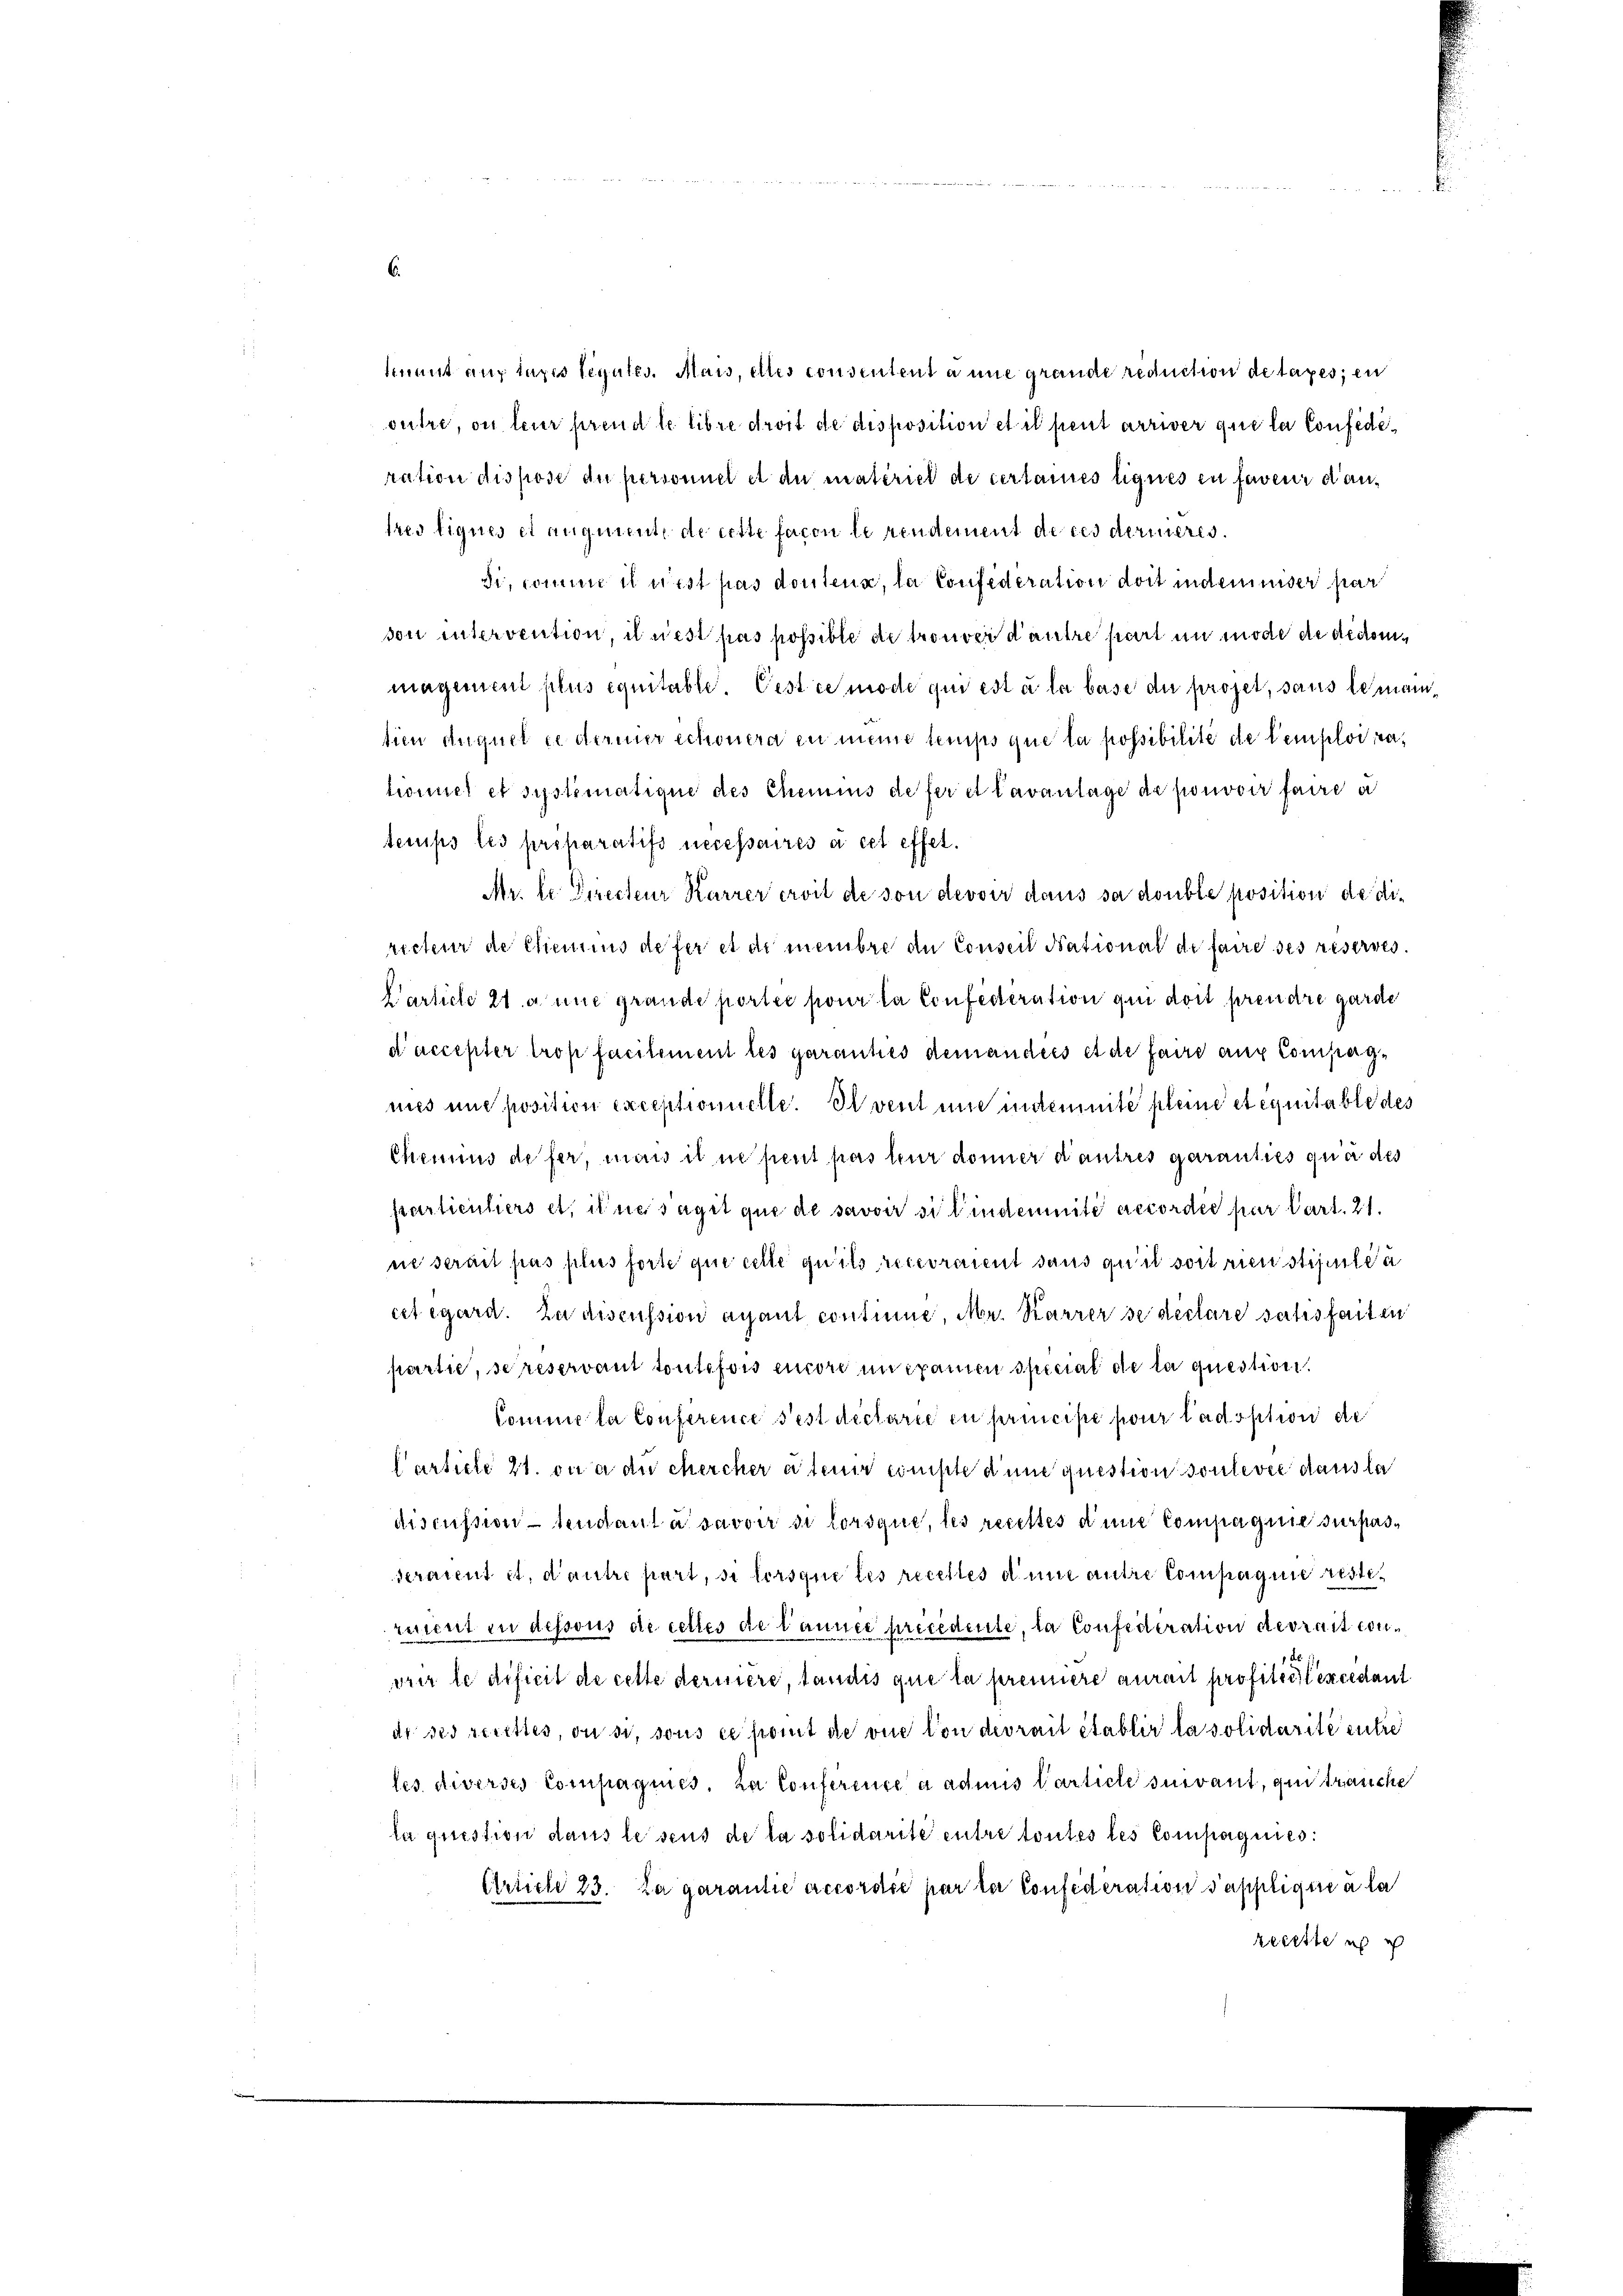
mant auf taxis segutes. Mais, elles consentent à une grande reduction de taxes; en
outre, ou leur prend le libre droit de disposition et il peut arriver que la Confederation dispose du personnel et du materiet de certaines liques en faveur dantres liques et augunnt, de cette facon le rendement de ces derineres.
Si, comme il rest pas doutena, la Confederation doit indemniser par
son intervention, il nest pas possible de trouver d’autre part in mode de dedommagenient plus équitable. Cest ce mode qui est à la base die projet, sans lemantien duquel ce derner schonera in meine temps que la possibilite de remploitahonnel et systematique des Chemins de fer et Cavantage de pouvoir faire a
temps les préparatifs necessaires à cet effet.
Mr. le Directeur Karrer eroit de son devoir daus sa double position de die
recteur de Chemins defer et de membre de Conseil National de faire ses réserves.
Particle 2 a une grande portée pour la Confederation qui doit prendre garde
d’accepter trop facilement les garanties demanders et de faire auf Compagmies und position exceptionielle. Invent und indemnité pleine etcquitable des
Chemins de fer, man il ne peut pas nur donner d’autres garanties qua des
partientiers et il ne sagit que de savoir si l’indemnité accordée par Part. 21.
ne serait pas plus forte que celle quits recevraient dans quit soit rien stipulia
cet égard. Zu discussion agant continne, Mr. Karrer se declare satisfaiten
partie, se reservant toutefois encore mitsamen special de la question.
Comme la Conference sest déclarie in principe pour l’adoption de
Carticle 11. on a die Mercher a tenir compte d’une question soulevée dans la
discussionsendant à savoir si lorsque, les recettes dene Compagnie surpasseraient et, d’autre part, si lorsque les recelles d’une autre Compagnie restirient in dessous de cettes de launer precedente, la Confederation devrait conwrir le dificit de cette dermere, tandis que la prennere aurait profitici excedant
de des gerettes, ou si, sous ce somit de vue von devrait établir la solidarité entre
les. diverses Compagnies, La Conference a admis Carticle suivant, qui trauche
la question dans lesens de la solidarite entre toutes les Compagnies:
Arliche 23. La garantie accordée par la Confederation sapplique à la
recette ich